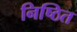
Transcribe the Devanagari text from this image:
निष्ठित